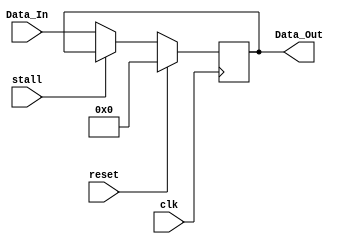
`timescale 1ns / 1ps
//////////////////////////////////////////////////////////////////////////////////
// Company: 
// Engineer: 
// 
// Design Name: 
// Module Name:    regfilepc 
// Project Name: 
// Target Devices: 
// Tool versions: 
// Description: 
//
// Dependencies: 
//
// Revision: 
// Revision 0.01 - File Created
// Additional Comments: 
//
//////////////////////////////////////////////////////////////////////////////////
module regfilepc #(parameter WIDTH = 8)(
	input clk,
	input reset,
	input stall,
	input [WIDTH-1:0] Data_In,
	output reg [WIDTH-1:0] Data_Out
    );
	
	initial begin
		Data_Out <=  32'h0000_3000;
	end
	
	always @ (posedge clk)
		if(reset) 
			Data_Out <=  32'h0000_3000;
		else if(stall==0) 
			Data_Out <=  Data_In;
endmodule